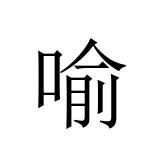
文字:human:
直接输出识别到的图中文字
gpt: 喻